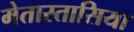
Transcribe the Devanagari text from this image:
मेतास्तासिया